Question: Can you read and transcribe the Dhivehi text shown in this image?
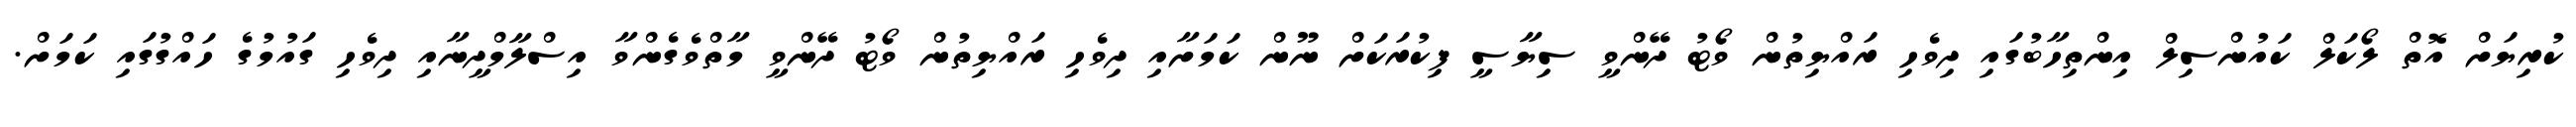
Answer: ކުރިޔަށް އޮތް ލޯކަލް ކައުންސިލް އިންތިހާބުގައި ދިވެހި ރައްޔިތުން ވޯޓު ދޭންވީ ސިޔާސީ ފިކުރަކަށް ނޫން ކަމަށާއި ދިވެހި ރައްޔިތުން ވޯޓު ދޭންވީ މާތްވެގެންވާ އިސްލާމްދީނާއި ދިވެހި ގައުމުގެ ހައްގުގައި ކަމަށް.